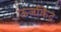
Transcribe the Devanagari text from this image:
ऊर्जाकेंद्र